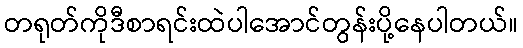
တရုတ်ကိုဒီစာရင်းထဲပါအောင်တွန်းပို့နေပါတယ်။